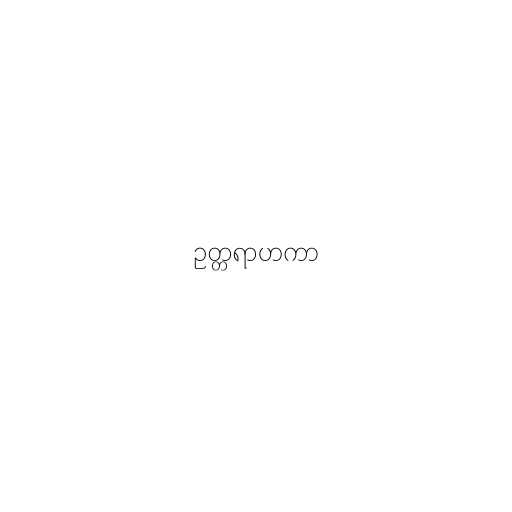
ဥတ္တရာဟကာ